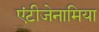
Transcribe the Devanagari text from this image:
एंटीजेनामिया